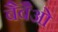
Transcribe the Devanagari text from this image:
बैबैओ